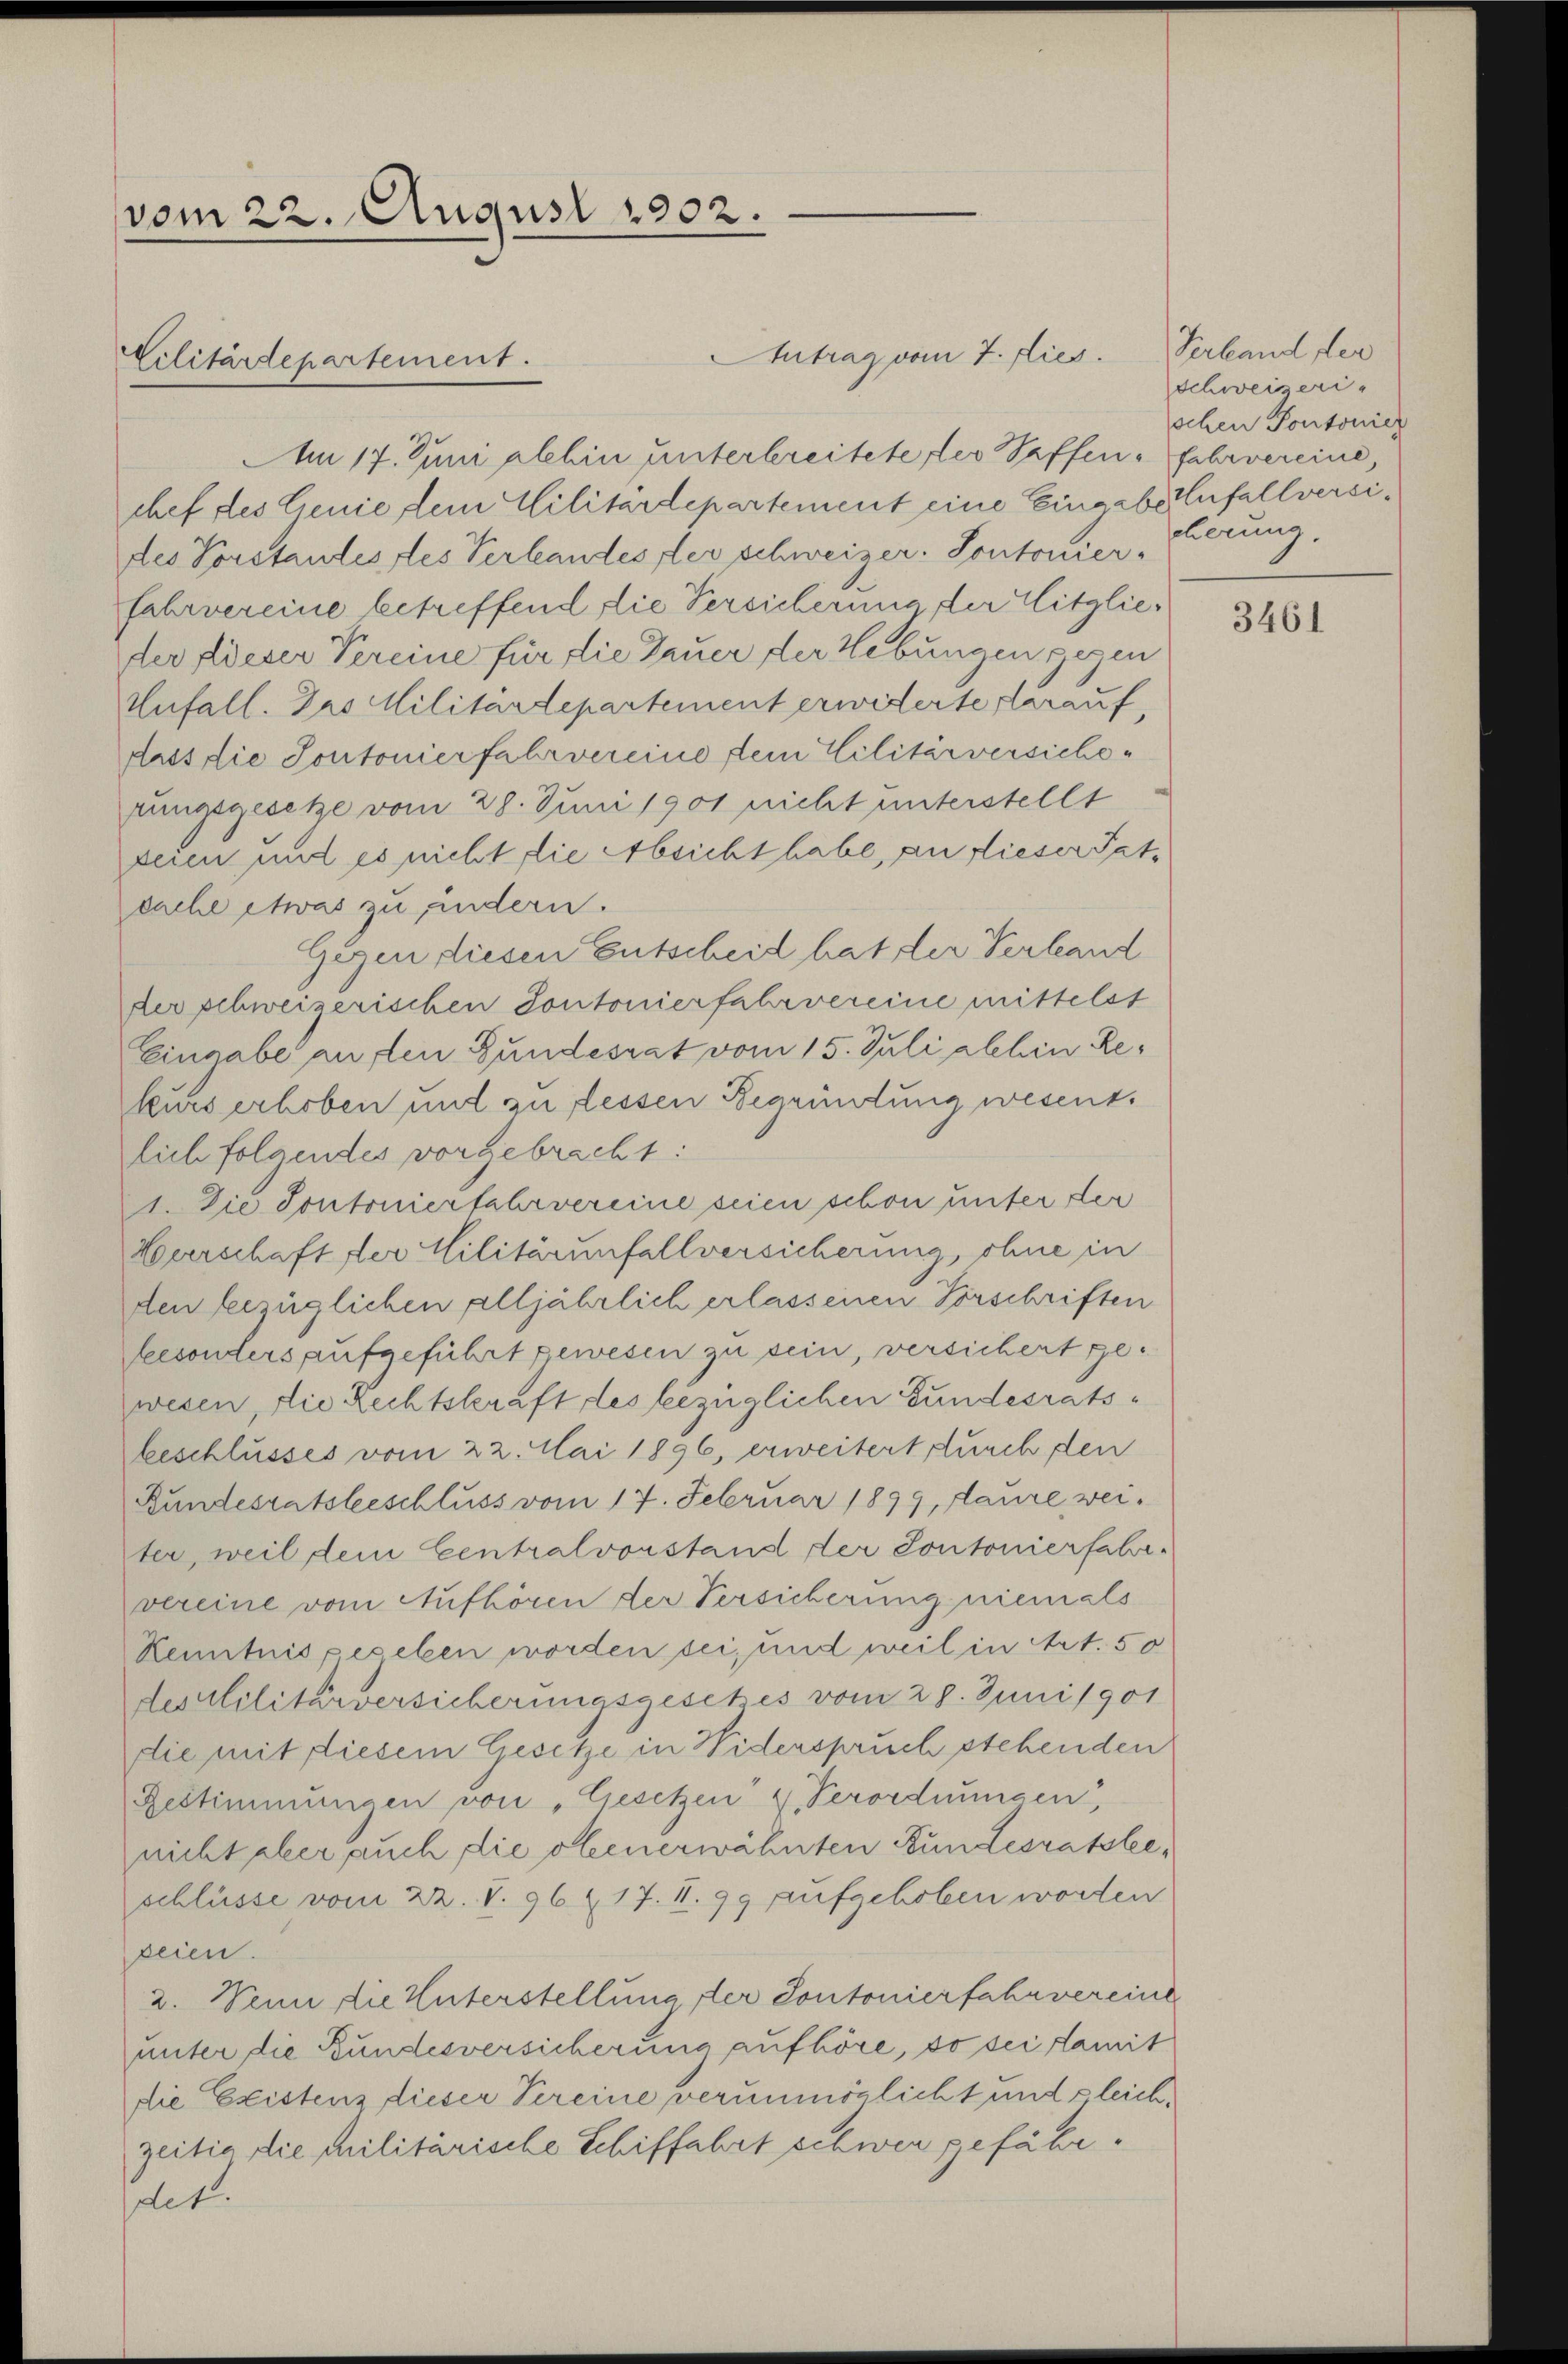
vom 22. August 1902.

Am 17. Juni alhin unterbreitete der Saffen fahrvereine,
chef des Genie dem Militärdepartement eine Eingabenfallversides Vorstantes, des Verlandes les schweizer. Sontouierfahrvereine betreffend die Versicherung der Mitglieder dieser Vereine für die Dauer der Hebungen gegen
Unfall. Das Militärdepartement erwiderte darauf,
dass die Sontonierfahrvereine dein Cilitärversicherungsgesetze vom 28. Juni 1901 nicht unterstellt
seien und es nicht die Absicht habe, an dieser Tat-
sache etwas zu indern.
Gegen diesen Entscheid hat der Verland
der schweizerischen Sontonierfahrvereine mittelst
Eingabe auften Bundesrat vom 15. Juli alhin Rekurs erhoben und zu dessen Begründung wesent.
zlich folgendes vorgebracht:
1. Die Sontonierfahrvereine seien schon unter der
Herrschaft der Militärunfallversicherung, ohne in
den bezüglichen alljährlich erlassenen Vorschriften
besonders aufgeführt gewesen zu sein, versichert gewesen, die Rechtskraft des bezüglichen Fundesratsbeschlusses vom 22. Mai 1896, erweitert durch den
Rundesratsbeschluss vom 17. Februar 1899, saure weiter, weil dem Centralvorstand der Contonierfahr-
vereine vom Aufhören der Versicherung niemals
Kenntnis peseben worden sei, und weil in Art. 50
des Militärversicherungsgesetzes vom 28. Juni 1901
die mit diesem Gesetze in Widerspruch stehenden
Bestimmungen von „Gesetzen u. Verordnungen,
nicht aber auch die obenerwähnten Bundesratsleeschlüsse vom 22. S. 96. 17. II. 99 aufgehoben worden
peien.
2. Wenn die Unterstellung der Sontonierfahrvereine
unter die Bundesversicherung aufhöre, so sei damit
die Existenz dieser Vereine verunmöglicht und gleichzeitig die Militärische Schiffahrt schwer gefähr.
det.

Cilitärdepartement.

Antrag vom 7. Dies

Verband der
Schweizerischen Pontonier
cherung,

3461